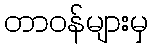
တာဝန်များမှ